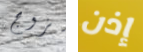
بزوج إذن